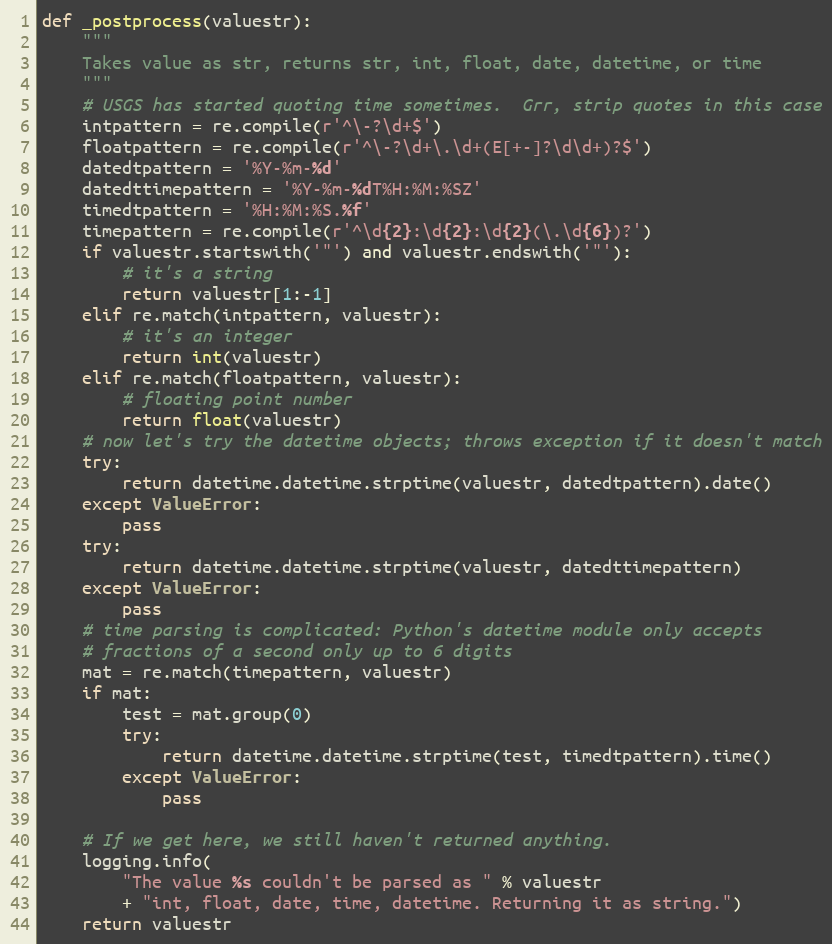
Language: Python
def _postprocess(valuestr):
    """
    Takes value as str, returns str, int, float, date, datetime, or time
    """
    # USGS has started quoting time sometimes.  Grr, strip quotes in this case
    intpattern = re.compile(r'^\-?\d+$')
    floatpattern = re.compile(r'^\-?\d+\.\d+(E[+-]?\d\d+)?$')
    datedtpattern = '%Y-%m-%d'
    datedttimepattern = '%Y-%m-%dT%H:%M:%SZ'
    timedtpattern = '%H:%M:%S.%f'
    timepattern = re.compile(r'^\d{2}:\d{2}:\d{2}(\.\d{6})?')
    if valuestr.startswith('"') and valuestr.endswith('"'):
        # it's a string
        return valuestr[1:-1]
    elif re.match(intpattern, valuestr):
        # it's an integer
        return int(valuestr)
    elif re.match(floatpattern, valuestr):
        # floating point number
        return float(valuestr)
    # now let's try the datetime objects; throws exception if it doesn't match
    try:
        return datetime.datetime.strptime(valuestr, datedtpattern).date()
    except ValueError:
        pass
    try:
        return datetime.datetime.strptime(valuestr, datedttimepattern)
    except ValueError:
        pass
    # time parsing is complicated: Python's datetime module only accepts
    # fractions of a second only up to 6 digits
    mat = re.match(timepattern, valuestr)
    if mat:
        test = mat.group(0)
        try:
            return datetime.datetime.strptime(test, timedtpattern).time()
        except ValueError:
            pass

    # If we get here, we still haven't returned anything.
    logging.info(
        "The value %s couldn't be parsed as " % valuestr
        + "int, float, date, time, datetime. Returning it as string.")
    return valuestr